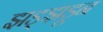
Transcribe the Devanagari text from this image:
झड्झडून